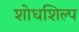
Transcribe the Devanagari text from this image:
शोधशिल्प